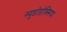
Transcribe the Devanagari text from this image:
स्यूडोडोक्सिया